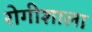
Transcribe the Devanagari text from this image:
रोगीशाला